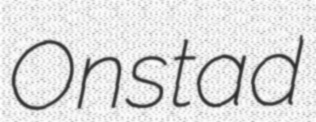
Onstad